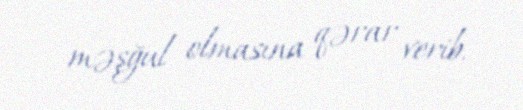
məşğul olmasına qərar verib.